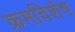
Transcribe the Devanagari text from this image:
क्रमविशेष